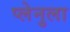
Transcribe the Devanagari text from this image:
प्लेनुला